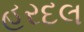
હરદલ